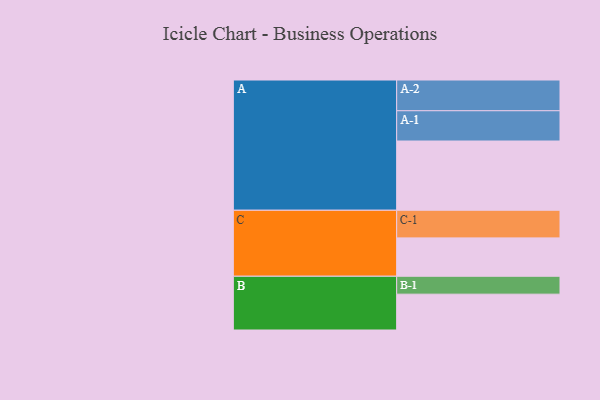
{"axis": {"x": "Segment", "y": "Value"}, "legend": ["", "A", "B", "C"], "data": [{"x": "A", "y": 599, "type": ""}, {"x": "B", "y": 310, "type": ""}, {"x": "C", "y": 332, "type": ""}, {"x": "A-1", "y": 262, "type": "A"}, {"x": "A-2", "y": 266, "type": "A"}, {"x": "B-1", "y": 155, "type": "B"}, {"x": "C-1", "y": 239, "type": "C"}]}